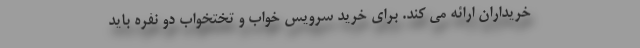
خریداران ارائه می کند. برای خرید سرویس خواب و تختخواب دو نفره باید